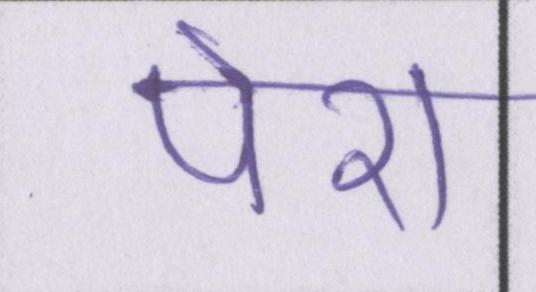
पेश